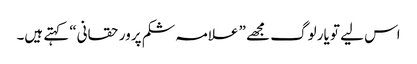
اس لیے تو یار لوگ مجھے ” علامہ شکم پرور حقانی“ کہتے ہیں۔